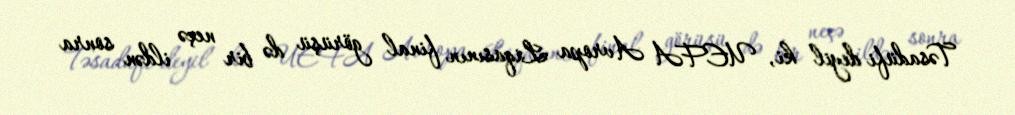
Təsadüfi deyil ki, UEFA Avropa Liqasının final görüşü də bir neçə ildən sonra